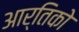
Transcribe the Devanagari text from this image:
आर्तिको